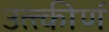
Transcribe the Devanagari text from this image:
उत्त्कीर्ण